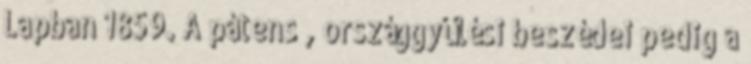
Lapban 1859. A pátens , országgyűlési beszédei pedig a